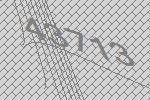
43713